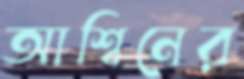
আশ্বিনের